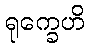
ရုက္ခေဟိ